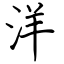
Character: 洋